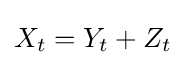
X_{t}=Y_{t}+Z_{t}